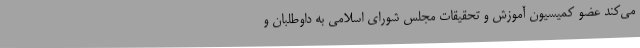
می‌کند عضو کمیسیون آموزش و تحقیقات مجلس شورای اسلامی به داوطلبان و